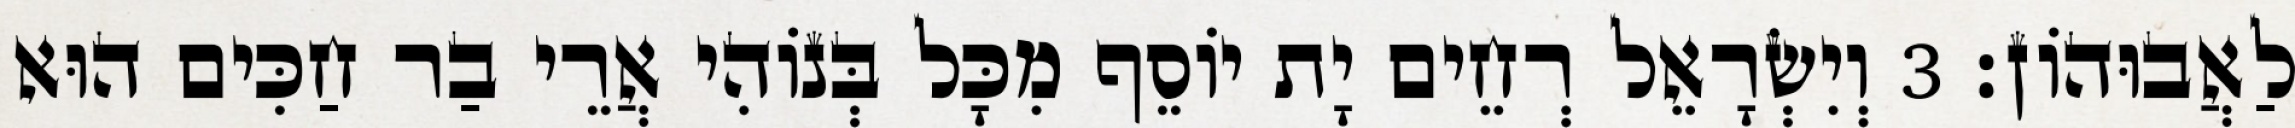
לַאֲבוּהוֹן׃ 3 וְיִשְׂרָאֵל רְחֵים יָת יוֹסֵף מִכָּל בְּנוֹהִי אֲרֵי בַר חַכִּים הוּא